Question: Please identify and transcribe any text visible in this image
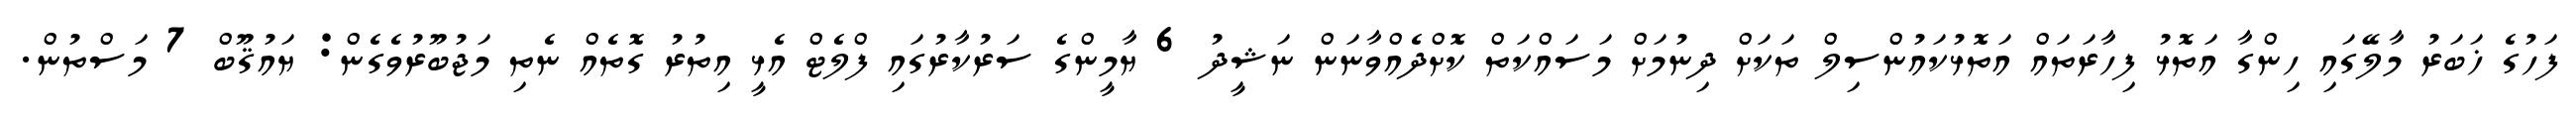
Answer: ފަހުގެ ޚަބަރު މާލޭގައި ހިންގާ އަތޮޅު ފިހާރަތައް އަތޮޅުކައުންސިލް ތަކަށް ދިނުމަށް މަސައްކަތް ކޮށްދެއްވާނަން ނަޝީދު 6 ޔާމީންގެ ސަރުކާރުގައި ފްލެޓް އެޅީ އިތުރު ގޮތެއް ނެތި މަޖުބޫރުވެގެން: ޔައުޤޫބް 7 މަސްތުން.